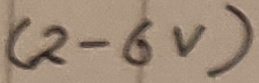
Text: (2-6V)